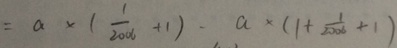
= a \times ( \frac { 1 } { 2 0 0 6 } + 1 ) - a \times ( 1 + \frac { 1 } { 2 0 0 6 } + 1 )